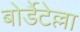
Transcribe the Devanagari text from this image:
बोर्डेटेल्ला